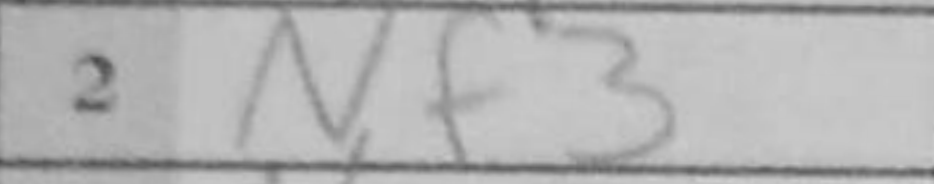
Transcription: Nf3